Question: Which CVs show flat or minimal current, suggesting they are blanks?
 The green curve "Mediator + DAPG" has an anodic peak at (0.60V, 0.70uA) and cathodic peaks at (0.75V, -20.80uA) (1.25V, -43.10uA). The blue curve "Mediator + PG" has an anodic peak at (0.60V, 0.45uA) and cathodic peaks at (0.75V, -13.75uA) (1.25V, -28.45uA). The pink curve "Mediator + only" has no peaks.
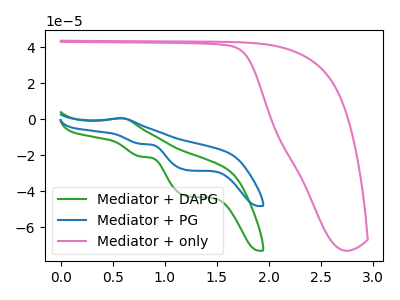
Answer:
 <answer>"Mediator + only" is likely to be a blank.</answer>
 <eval>Mediator + only</eval>